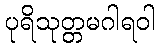
ပုရိသုတ္တမဂါရဝါ